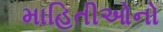
માહિતીઓનો